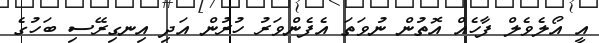
އީ އޯލެވެލް ފާހެއް އޮތުން ނުވަތަ އެފެންވަރު ހުރުން އަދި އިނގިރޭސި ބަހުގެ